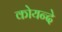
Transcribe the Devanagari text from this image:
कोयन्दे